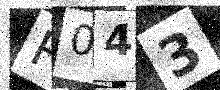
Text: R043